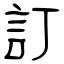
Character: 訂